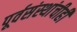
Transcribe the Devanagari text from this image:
पूर्वसंस्थांचीही